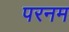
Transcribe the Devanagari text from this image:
परनम